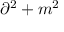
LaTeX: \partial ^ { 2 } + m ^ { 2 }